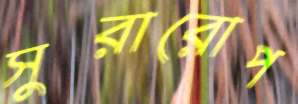
সুরারোপ